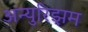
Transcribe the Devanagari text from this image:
अन्युरिझम